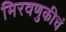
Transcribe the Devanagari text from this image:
मिरवणुकीचं